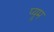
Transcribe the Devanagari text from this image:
प्यूम